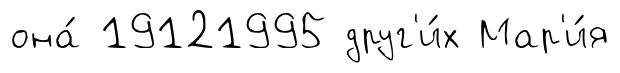
она́ 19121995 друг'и́х Мар'и́я